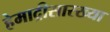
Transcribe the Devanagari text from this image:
हेमाद्रीसारख्या